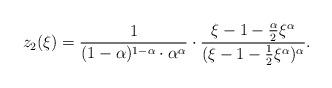
LaTeX: \begin{align*}z_2(\xi) = \frac{1}{(1-\alpha)^{1 - \alpha}\cdot\alpha^{\alpha}} \cdot\frac{\xi - 1 - \frac{\alpha}{2}\xi^{\alpha}}{(\xi - 1 - \frac{1}{2}\xi^{\alpha})^{\alpha}}.\end{align*}